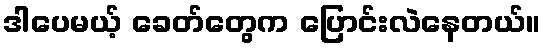
ဒါပေမယ့် ခေတ်တွေက ပြောင်းလဲနေတယ်။